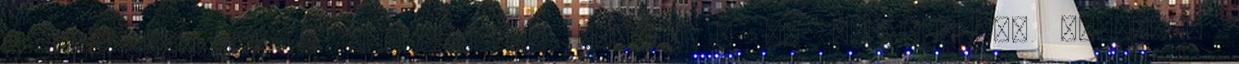
A KEZDŐOLDALRA A kommentelés opció, a jó magaviselet kötelező